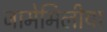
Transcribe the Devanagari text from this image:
जामेमिलीया